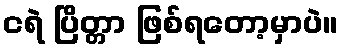
ငရဲ ပြိတ္တာ ဖြစ်ရတော့မှာပဲ။